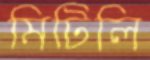
মিটিলি